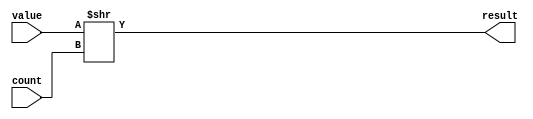
module shRight(value, count, result);

input [31:0] value;
input [4:0] count;
output [31:0] result;

assign result = value >> count;

endmodule